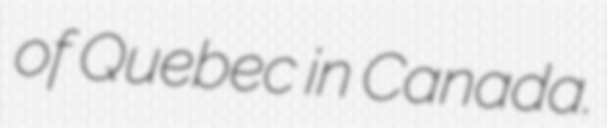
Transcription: of Quebec in Canada.